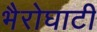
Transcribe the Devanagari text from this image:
भैरोघाटी